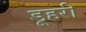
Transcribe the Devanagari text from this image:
डूहरी